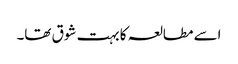
اسے مطالعہ کا بہت شوق تھا۔